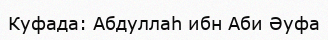
Куфада: Абдуллаһ ибн Аби Әуфа